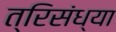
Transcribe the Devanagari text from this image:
त्रिसंध्या